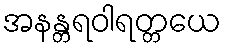
အနန္တရဝါရတ္တယေ